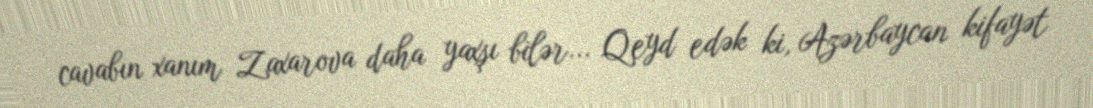
cavabın xanım Zaxarova daha yaxşı bilər... Qeyd edək ki, Azərbaycan kifayət